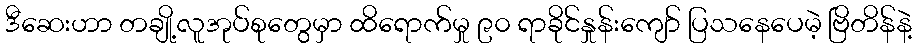
ဒီဆေးဟာ တချို့လူအုပ်စုတွေမှာ ထိရောက်မှု ၉၀ ရာခိုင်နှုန်းကျော် ပြသနေပေမဲ့ ဗြိတိန်နဲ့